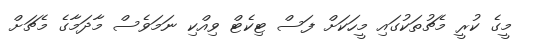
މީގެ ކުރީ މެޗުތަކުގައި މީހަކަށް ފަސް ޓިކެޓް ވިއްކި ނަމަވެސް މާދަމާގެ މެޗަށް